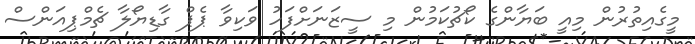
މީގެއިތުރުން މިއީ ބަޔާންގެ ކޯޗުކަމުން މި ސީޒަނަށްފަހު ވަކިވާ ޕެޕް ގާޑިޔޯލާ ޗެމްޕިއަންސް